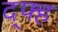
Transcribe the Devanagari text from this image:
द्फ्ह